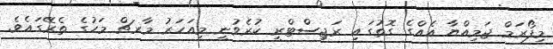
މިފޯރަމް ޖަމިއްޔާ އެއްގެ ގޮތުގައި ރަޖިސްޓްރީ ކުރެވުނީ މިއަހަރު މާރޗް މަހުގެ ތެރޭގައެވެ.